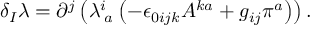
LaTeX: \delta _ { I } \lambda = \partial ^ { j } \left( \lambda _ { \; a } ^ { i } \left( - \epsilon _ { 0 i j k } A ^ { k a } + g _ { i j } \pi ^ { a } \right) \right) .